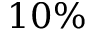
1 0 \%